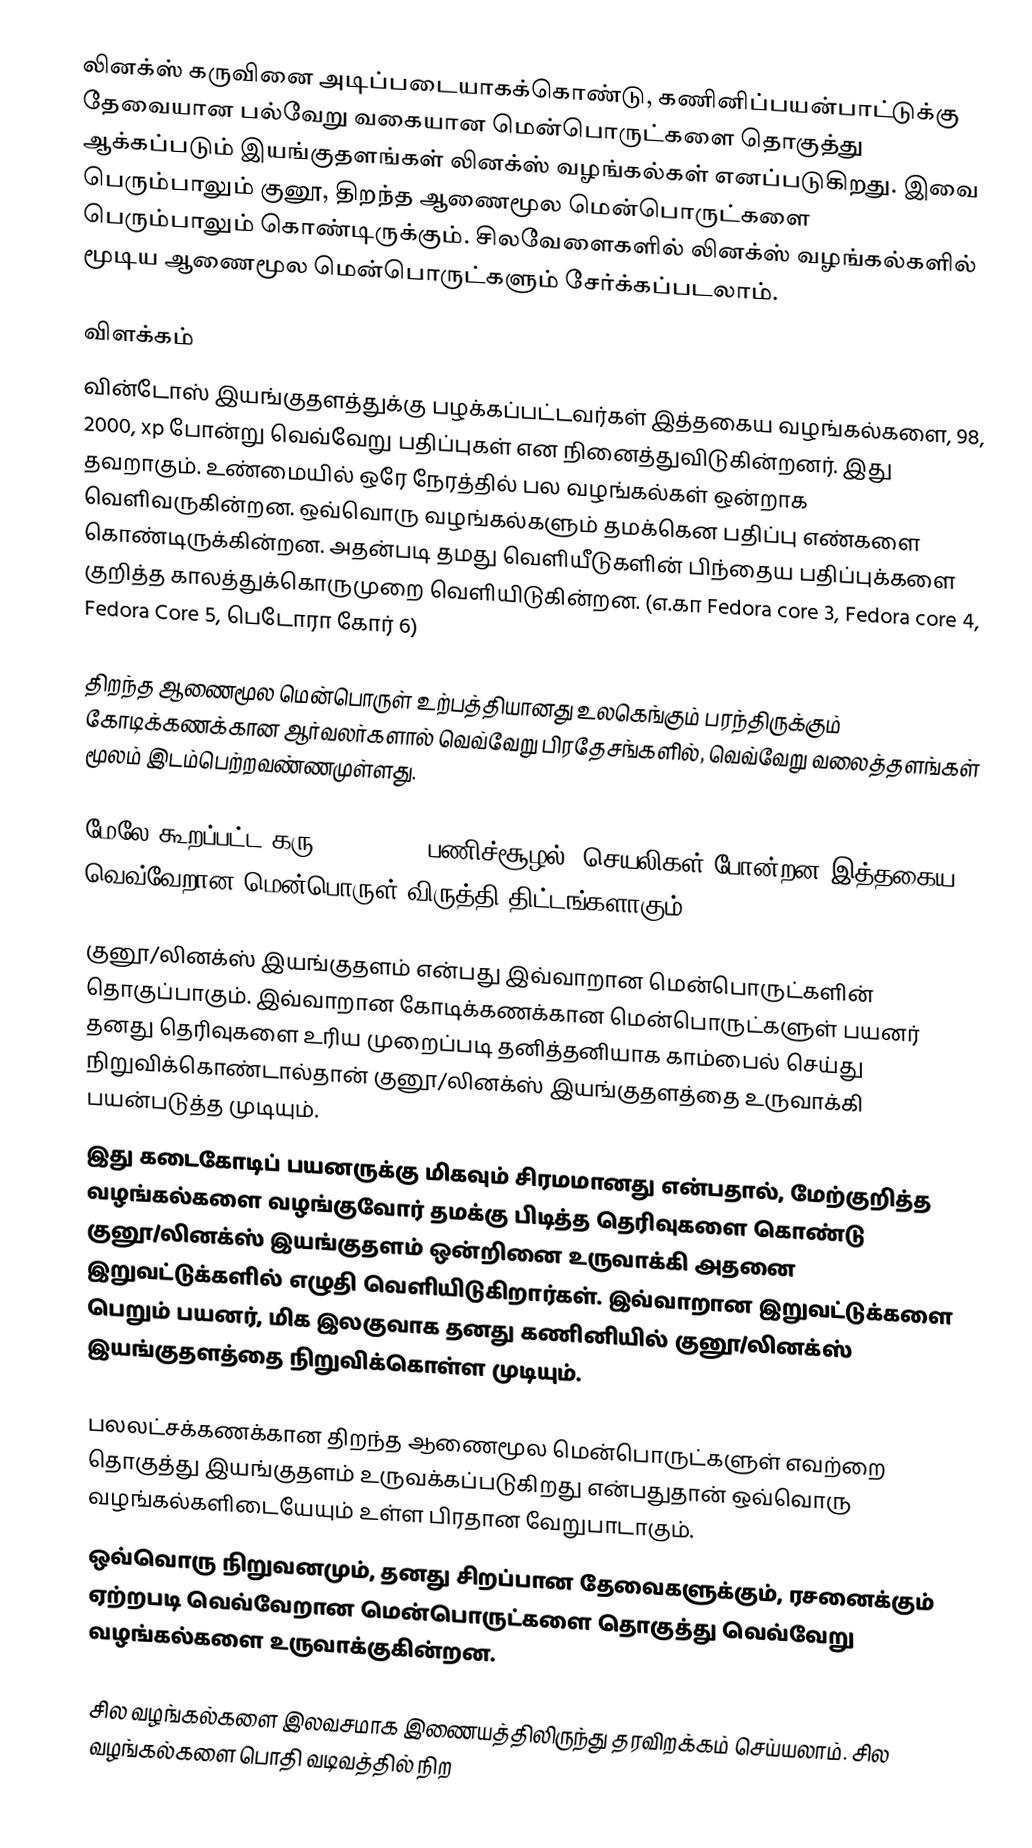
லினக்ஸ் கருவினை அடிப்படையாகக்கொண்டு, கணினிப்பயன்பாட்டுக்கு தேவையான பல்வேறு வகையான மென்பொருட்களை தொகுத்து ஆக்கப்படும் இயங்குதளங்கள் லினக்ஸ் வழங்கல்கள் எனப்படுகிறது. இவை பெரும்பாலும் குனூ, திறந்த ஆணைமூல மென்பொருட்களை பெரும்பாலும் கொண்டிருக்கும். சிலவேளைகளில் லினக்ஸ் வழங்கல்களில் மூடிய ஆணைமூல மென்பொருட்களும் சேர்க்கப்படலாம்.

விளக்கம்
வின்டோஸ் இயங்குதளத்துக்கு பழக்கப்பட்டவர்கள் இத்தகைய வழங்கல்களை, 98, 2000, xp போன்று வெவ்வேறு பதிப்புகள் என நினைத்துவிடுகின்றனர். இது தவறாகும். உண்மையில் ஒரே நேரத்தில் பல வழங்கல்கள் ஒன்றாக வெளிவருகின்றன. ஒவ்வொரு வழங்கல்களும் தமக்கென பதிப்பு எண்களை கொண்டிருக்கின்றன. அதன்படி தமது வெளியீடுகளின் பிந்தைய பதிப்புக்களை குறித்த காலத்துக்கொருமுறை வெளியிடுகின்றன. (எ.கா  Fedora core 3, Fedora core 4, Fedora Core 5, பெடோரா கோர் 6)

திறந்த ஆணைமூல மென்பொருள் உற்பத்தியானது உலகெங்கும் பரந்திருக்கும் கோடிக்கணக்கான ஆர்வலர்களால் வெவ்வேறு பிரதேசங்களில், வெவ்வேறு வலைத்தளங்கள் மூலம் இடம்பெற்றவண்ணமுள்ளது.

மேலே கூறப்பட்ட கரு, x server, பணிச்சூழல், செயலிகள் போன்றன இத்தகைய வெவ்வேறான மென்பொருள் விருத்தி திட்டங்களாகும்.

குனூ/லினக்ஸ் இயங்குதளம் என்பது இவ்வாறான மென்பொருட்களின் தொகுப்பாகும். இவ்வாறான கோடிக்கணக்கான மென்பொருட்களுள் பயனர் தனது தெரிவுகளை உரிய முறைப்படி தனித்தனியாக காம்பைல் செய்து நிறுவிக்கொண்டால்தான் குனூ/லினக்ஸ் இயங்குதளத்தை உருவாக்கி பயன்படுத்த முடியும்.
இது கடைகோடிப் பயனருக்கு மிகவும் சிரமமானது என்பதால், மேற்குறித்த வழங்கல்களை வழங்குவோர் தமக்கு பிடித்த தெரிவுகளை கொண்டு குனூ/லினக்ஸ் இயங்குதளம் ஒன்றினை உருவாக்கி அதனை இறுவட்டுக்களில் எழுதி வெளியிடுகிறார்கள். இவ்வாறான இறுவட்டுக்களை பெறும் பயனர், மிக இலகுவாக தனது கணினியில் குனூ/லினக்ஸ் இயங்குதளத்தை நிறுவிக்கொள்ள முடியும்.

பலலட்சக்கணக்கான திறந்த ஆணைமூல மென்பொருட்களுள் எவற்றை தொகுத்து இயங்குதளம் உருவக்கப்படுகிறது என்பதுதான் ஒவ்வொரு வழங்கல்களிடையேயும் உள்ள பிரதான வேறுபாடாகும்.
ஒவ்வொரு நிறுவனமும், தனது சிறப்பான தேவைகளுக்கும், ரசனைக்கும் ஏற்றபடி வெவ்வேறான மென்பொருட்களை தொகுத்து வெவ்வேறு வழங்கல்களை உருவாக்குகின்றன.

சில வழங்கல்களை இலவசமாக இணையத்திலிருந்து தரவிறக்கம் செய்யலாம். சில வழங்கல்களை பொதி வடிவத்தில் நிற